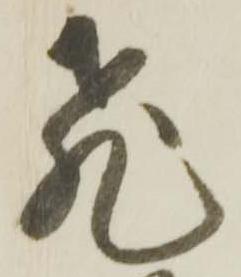
飛